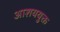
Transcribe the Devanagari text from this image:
आशययुक्त